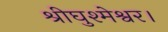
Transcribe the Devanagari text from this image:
श्रीघुश्मेश्वर।